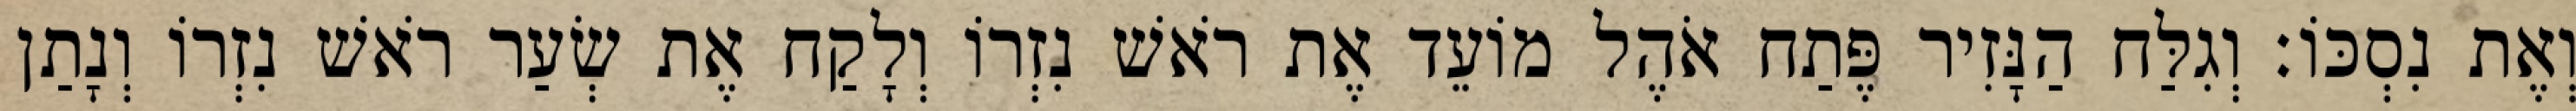
וְאֶת נִסְכּוֹ׃ וְגִלַּח הַנָּזִיר פֶּתַח אֹהֶל מוֹעֵד אֶת רֹאשׁ נִזְרוֹ וְלָקַח אֶת שְׂעַר רֹאשׁ נִזְרוֹ וְנָתַן